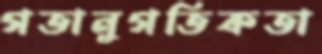
গতানুগতিকতা